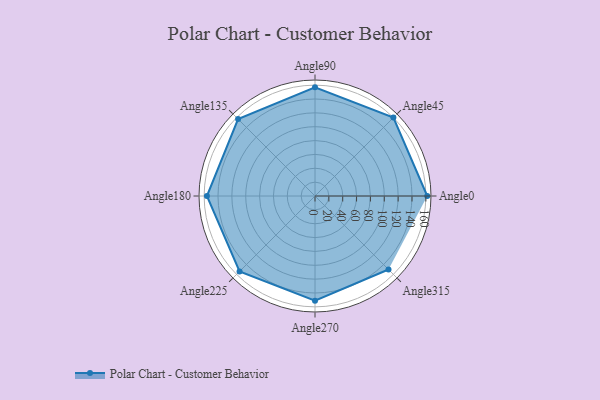
{"axis": {"x": "Angle", "y": "Radius"}, "legend": [""], "data": [{"x": "Angle0", "y": 162.0, "type": ""}, {"x": "Angle45", "y": 160.0, "type": ""}, {"x": "Angle90", "y": 157.0, "type": ""}, {"x": "Angle135", "y": 157.0, "type": ""}, {"x": "Angle180", "y": 156.0, "type": ""}, {"x": "Angle225", "y": 154.0, "type": ""}, {"x": "Angle270", "y": 151.0, "type": ""}, {"x": "Angle315", "y": 150.0, "type": ""}]}